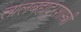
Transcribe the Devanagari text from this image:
लालबहादूरशास्त्री